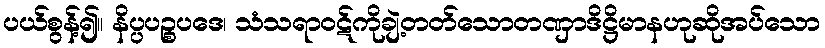
ပယ်စွန့်၍။ နိပ္ပပဉ္စပဒေ၊ သံသရာဝဋ်ကိုချဲ့တတ်သောတဏှာဒိဋ္ဌိမာနဟုဆိုအပ်သော